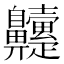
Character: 𮮹